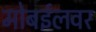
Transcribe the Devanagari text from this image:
मोबईलवर